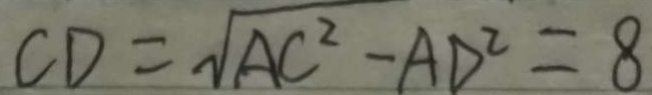
C D = \sqrt { A C ^ { 2 } - A D ^ { 2 } } = 8